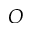
O